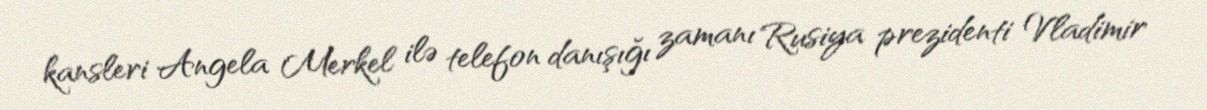
kansleri Angela Merkel ilə telefon danışığı zamanı Rusiya prezidenti Vladimir